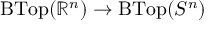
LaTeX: \operatorname { B T o p } ( \mathbb { R } ^ { n } ) \to \operatorname { B T o p } ( S ^ { n } )